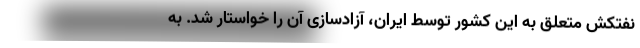
نفتکش متعلق به این کشور توسط ایران، آزادسازی آن را خواستار شد. به